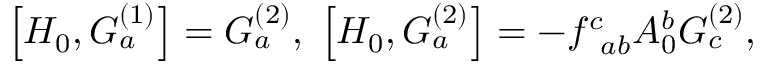
\left[ H _ { 0 } , G _ { a } ^ { ( 1 ) } \right] = G _ { a } ^ { ( 2 ) } , \; \left[ H _ { 0 } , G _ { a } ^ { ( 2 ) } \right] = - f _ { \; \; a b } ^ { c } A _ { 0 } ^ { b } G _ { c } ^ { ( 2 ) } ,